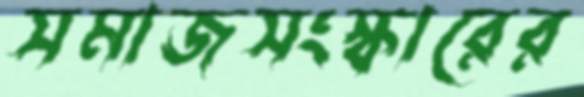
সমাজসংস্কারের